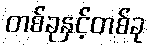
တစ်ခုနှင့်တစ်ခု